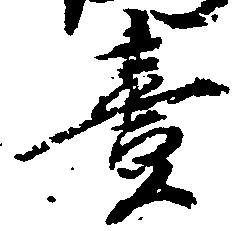
壱